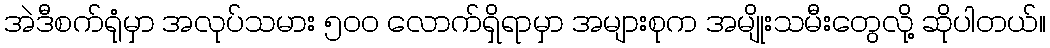
အဲဒီစက်ရုံမှာ အလုပ်သမား ၅၀၀ လောက်ရှိရာမှာ အများစုက အမျိုးသမီးတွေလို့ ဆိုပါတယ်။